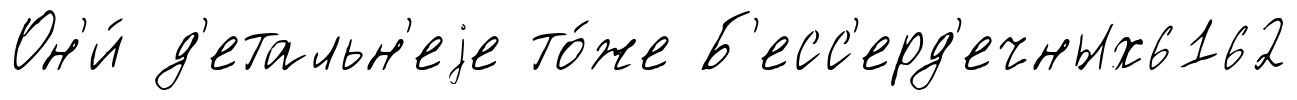
Он'и́ д'етальн'еjе то́же Б'есс'ерд'ечных6162